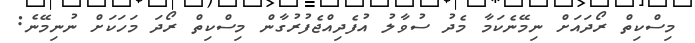
މިސްކިތް ރޯދައަށް ނިމޭނެކަމާ މެދު ސުވާލު އުފެދިއްޖެފުރުގާން މިސްކިތް ރޯދަ މަހަކަށް ނުނިމޭނެ: